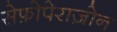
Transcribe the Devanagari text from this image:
सेफ़ोपेराज़ोन